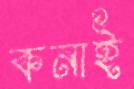
কনাই